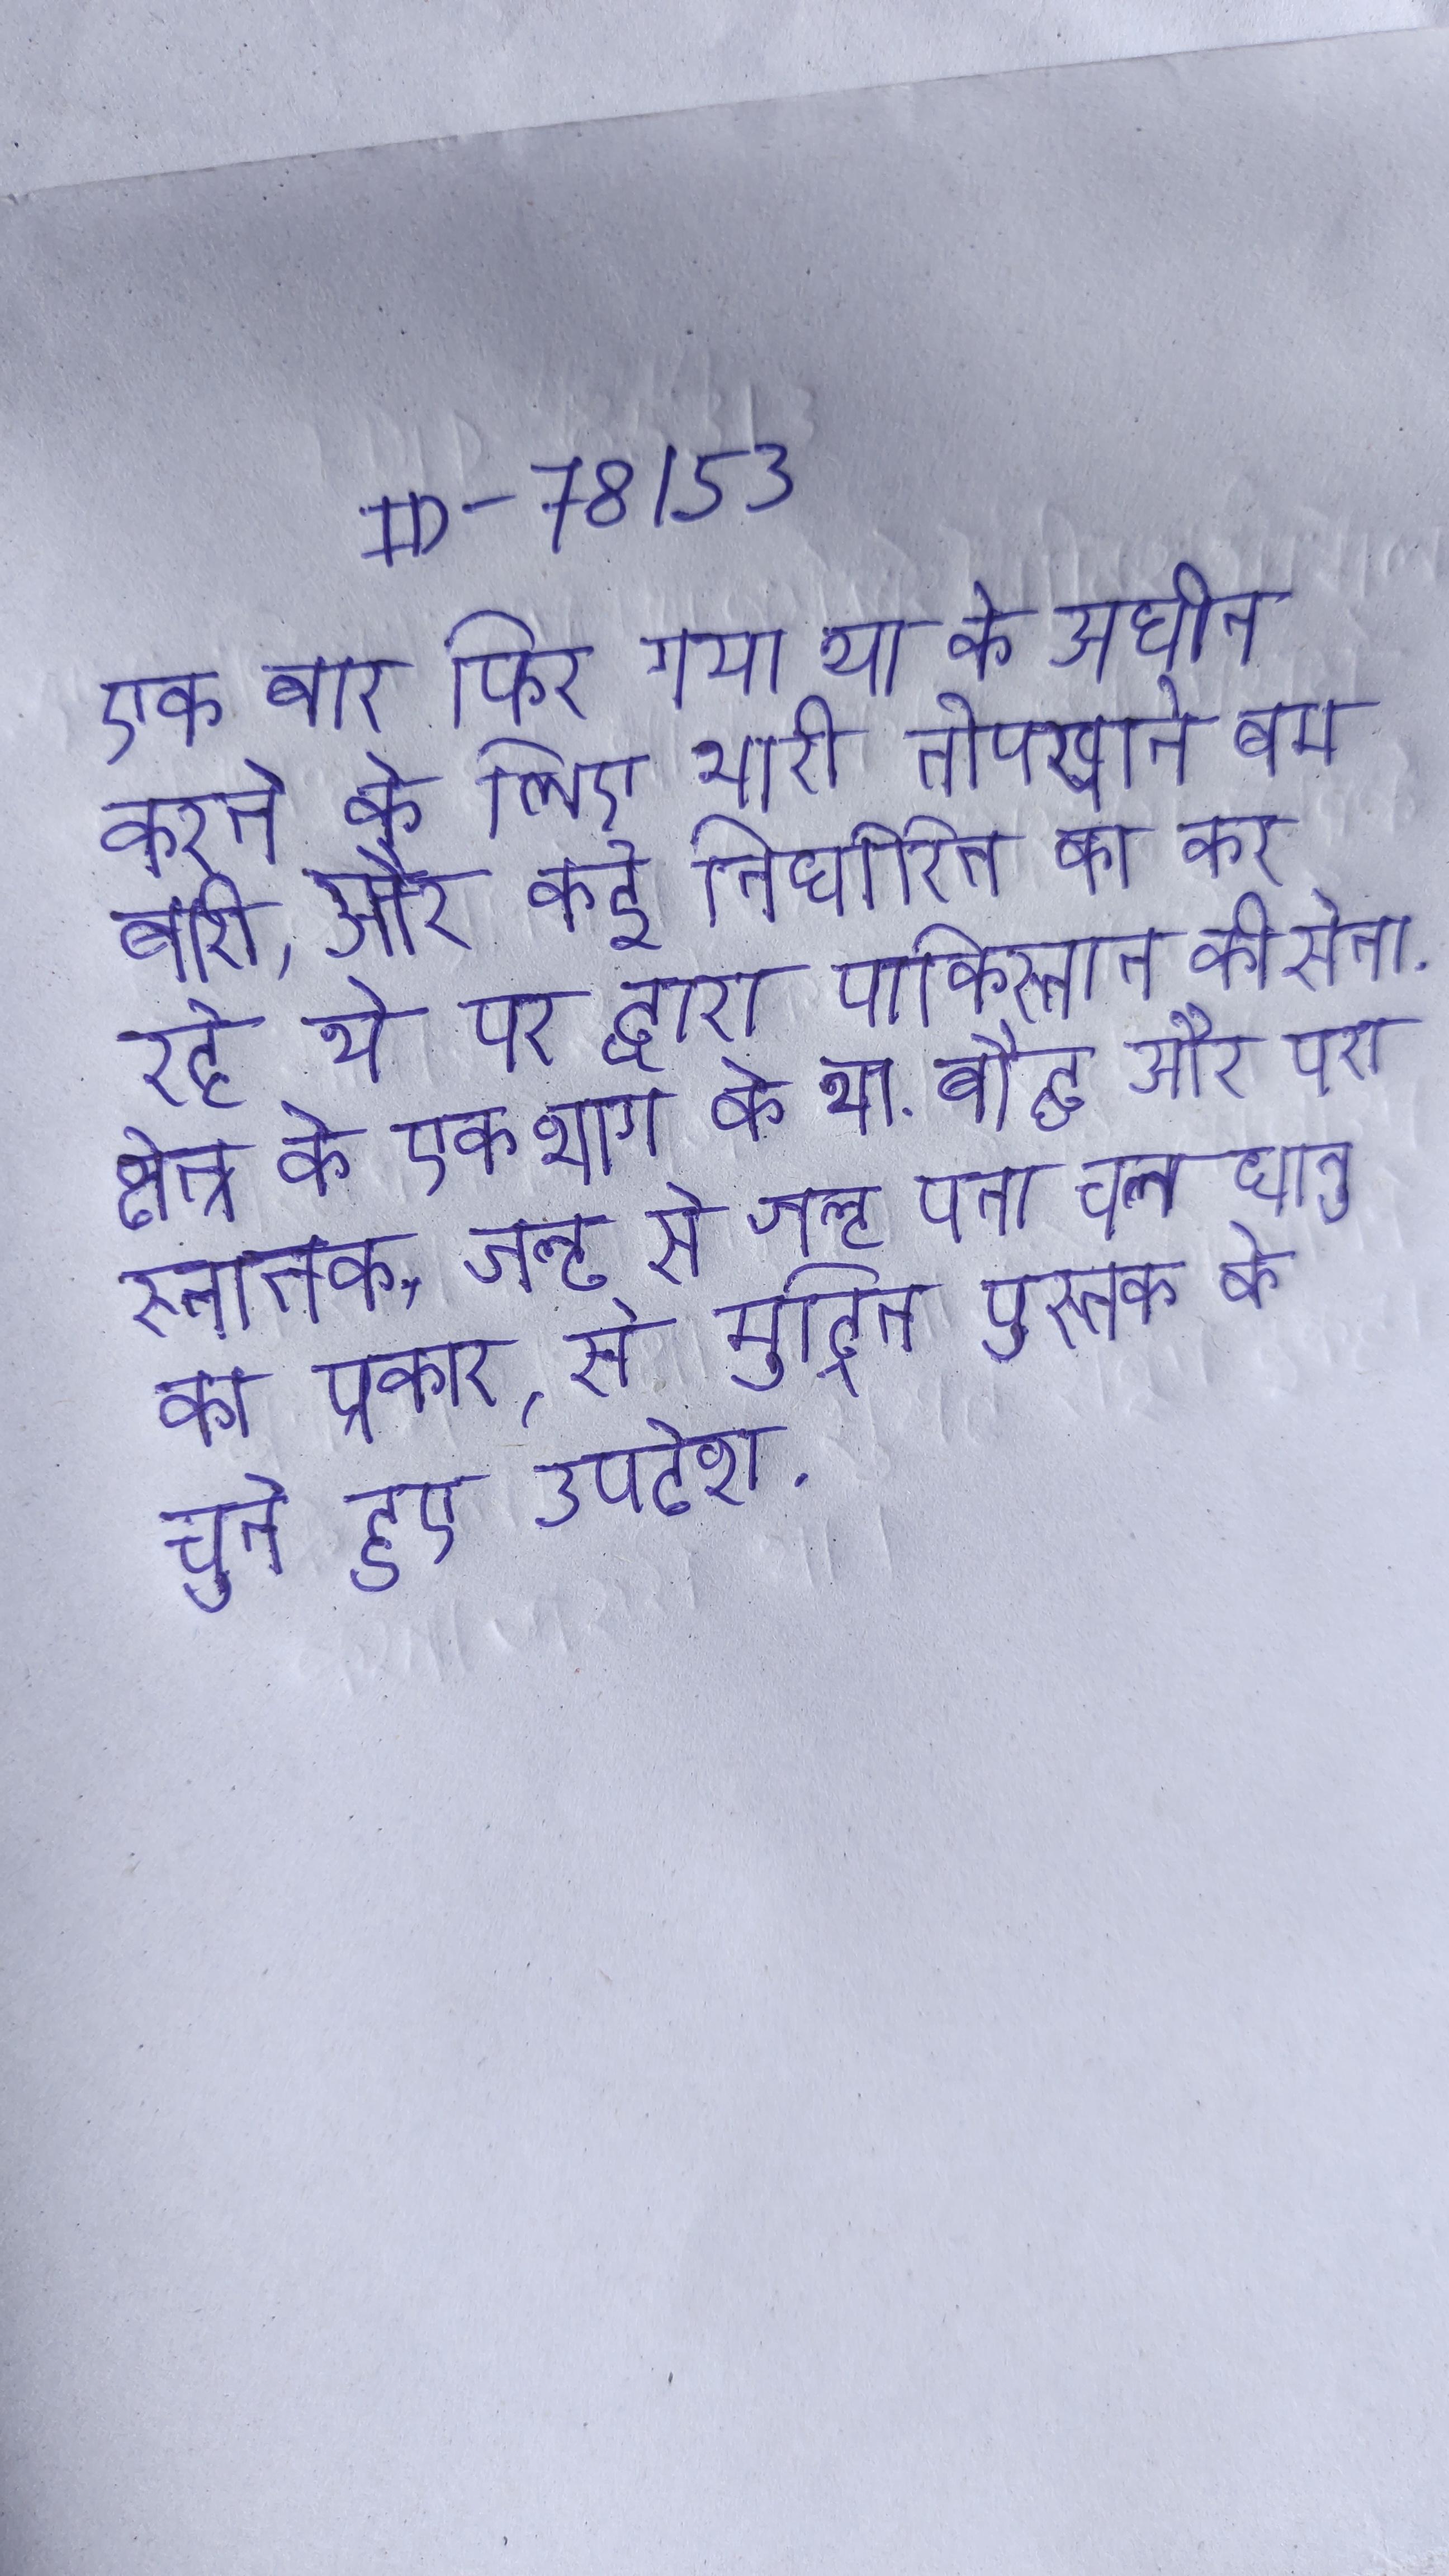
एक बार फिर गया था के अधीन करने के लिए भारी तोपखाने बमबारी, और कई निर्धारित का कर रहे थे पर द्वारा पाकिस्तान की सेना . क्षेत्र के एक भाग के था . बौद्ध और परास्नातक, जल्द से जल्द पता चल धातु का प्रकार, से मुद्रित पुस्तक के चुने हुए उपदेश .